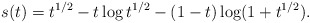
\begin{align*} s(t) = t^{1/2} - t \log t^{1/2} - (1-t) \log(1 + t^{1/2}) . \end{align*}